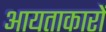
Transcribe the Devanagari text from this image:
आयताकारों